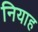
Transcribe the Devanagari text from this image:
नियाह